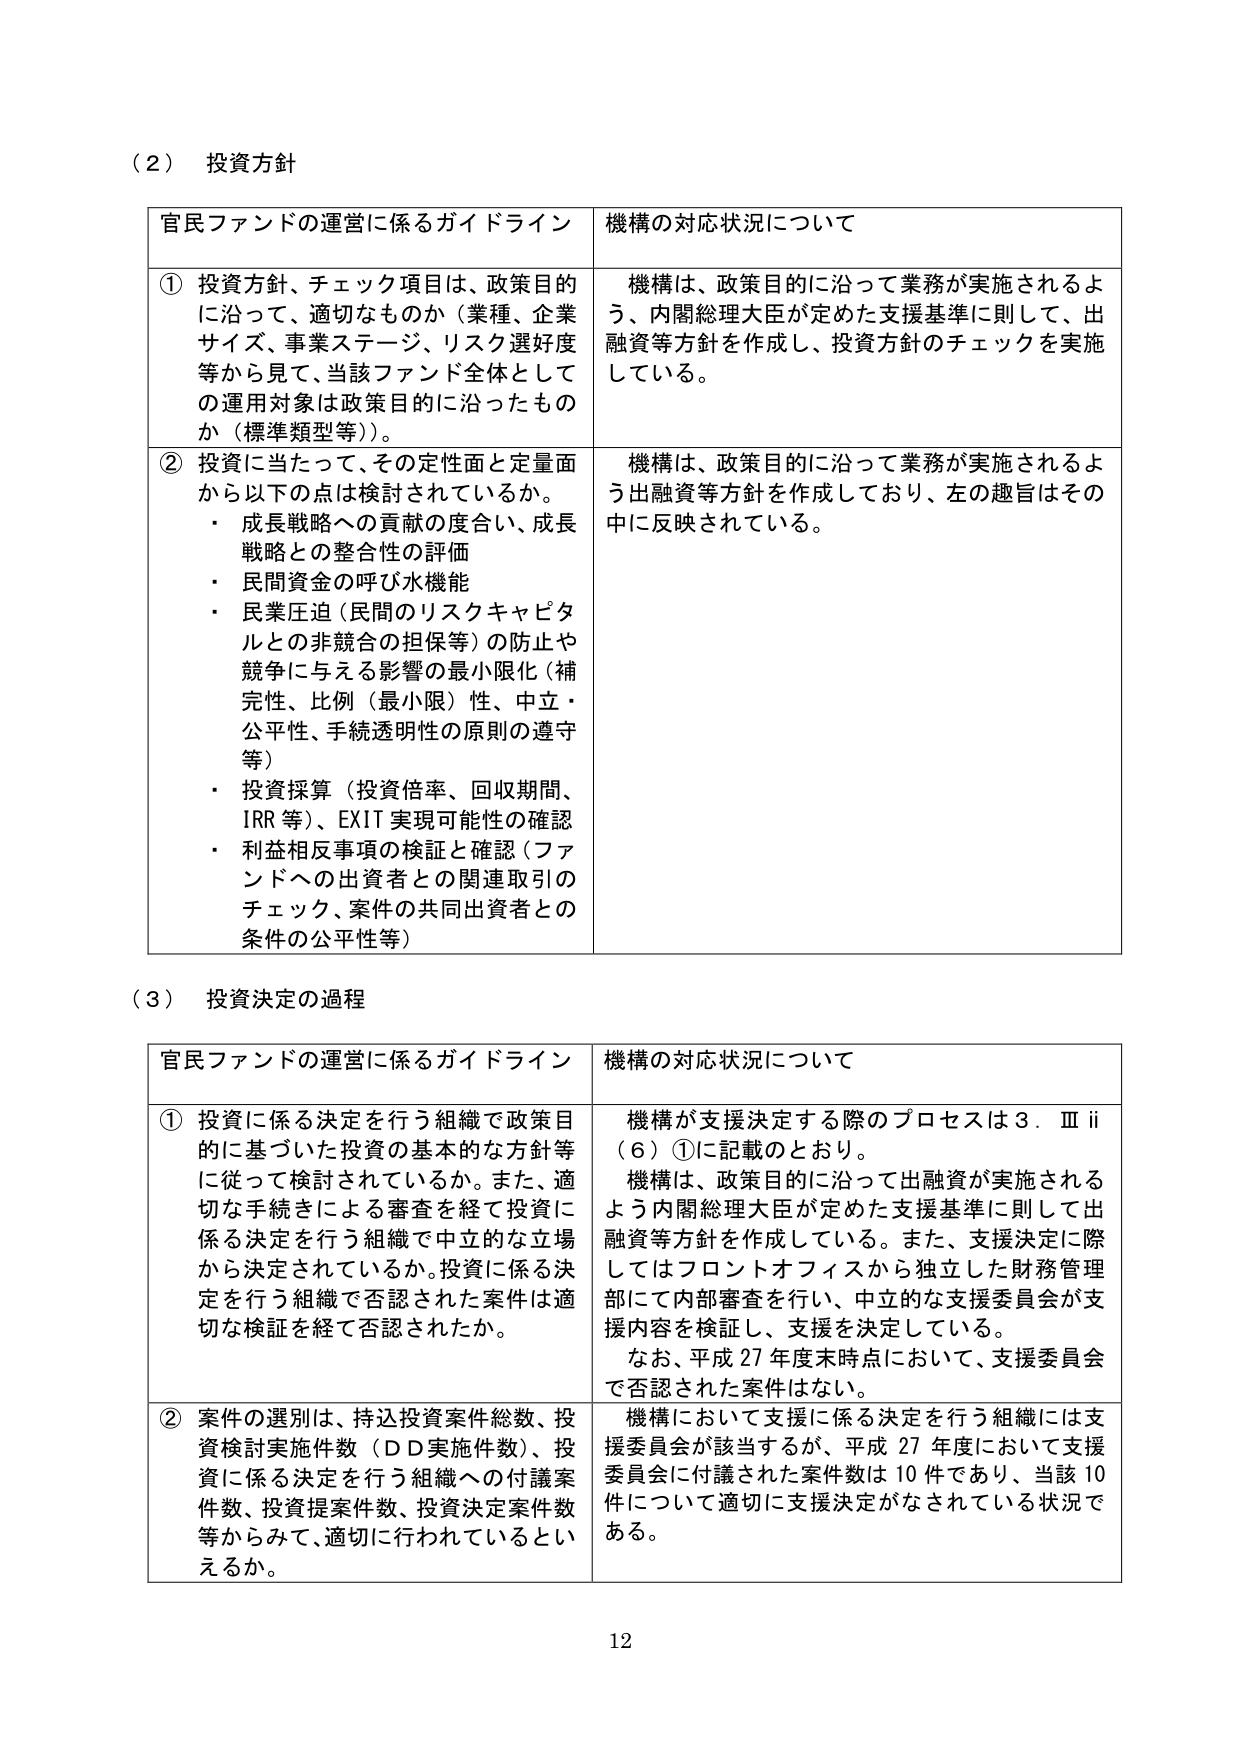
（２） 投資方針

官民ファンドの運営に係るガイドライン　　　　　　　機構の対応状況について

① 投資方針、チェック項目は、政策目的に沿って、適切なものか（業種、企業サイズ、事業ステージ、リスク選好度等から見て、当該ファンド全体としての運用対象は政策目的に沿ったものか（標準類型等））。

② 投資に当たって、その定性面と定量面から以下の点は検討されているか。
・ 成長戦略への貢献の度合い、成長戦略との整合性の評価
・ 民間資金の呼び水機能
・ 民業圧迫（民間のリスクキャピタルとの非競合の担保等）の防止や競争に与える影響の最小限化（補完性、比例（最小限）性、中立・公平性、手続透明性の原則の遵守等）
・ 投資採算（投資倍率、回収期間、IRR等）、EXIT実現可能性の確認
・ 利益相反事項の検証と確認（ファンドへの出資者との関連取引のチェック、案件の共同出資者との条件の公平性等）

機構は、政策目的に沿って業務が実施されるよう、内閣総理大臣が定めた支援基準に則して、出融資等方針を作成し、投資方針のチェックを実施している。

機構は、政策目的に沿って業務が実施されるよう出融資等方針を作成しており、左の趣旨はその中に反映されている。

（３） 投資決定の過程

官民ファンドの運営に係るガイドライン　　　　　　　機構の対応状況について

① 投資に係る決定を行う組織で政策目的に基づいた投資の基本的な方針等に従って検討されているか。また、適切な手続きによる審査を経て投資に係る決定を行う組織で中立的な立場から決定されているか。投資に係る決定を行う組織で否認された案件は適切な検証を経て否認されたか。

② 案件の選別は、持込投資案件総数、投資検討実施件数（ＤＤ実施件数）、投資に係る決定を行う組織への付議案件数、投資提案件数、投資決定案件数等からみて、適切に行われているといえるか。

機構が支援決定する際のプロセスは３．Ⅲ ii（６）①に記載のとおり。
機構は、政策目的に沿って出融資が実施されるよう内閣総理大臣が定めた支援基準に則して出融資等方針を作成している。また、支援決定に際してはフロントオフィスから独立した財務管理部にて内部審査を行い、中立的な支援委員会が支援内容を検証し、支援を決定している。
なお、平成27年度末時点において、支援委員会で否認された案件はない。

機構において支援に係る決定を行う組織には支援委員会が該当するが、平成27年度において支援委員会に付議された案件数は10件であり、当該10件について適切に支援決定がなされている状況である。

12